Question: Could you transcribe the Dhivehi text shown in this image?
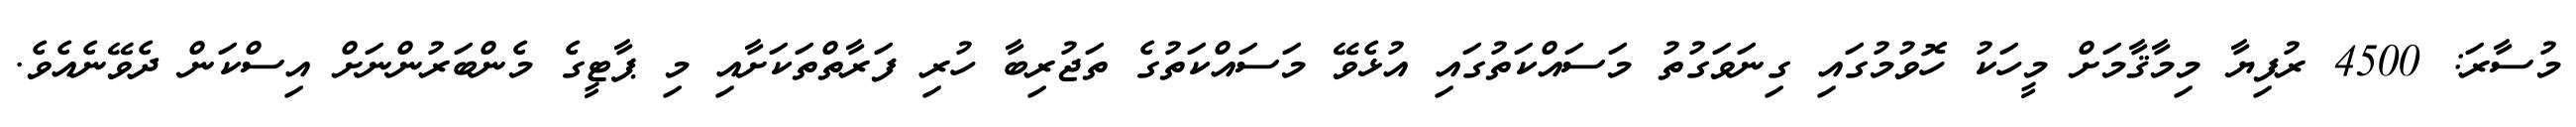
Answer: މުސާރަ: 4500 ރުފިޔާ މިމާޤާމަށް މީހަކު ހޮވުމުގައި ގިނަވަގުތު މަސައްކަތުގައި އުޅެވޭ މަސައްކަތުގެ ތަޖުރިބާ ހުރި ފަރާތްތަކަށާއި މި ޕާޓީގެ މެންބަރުންނަށް އިސްކަން ދެވޭނެއެވެ.